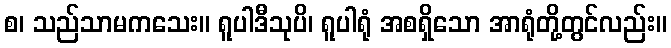
စ၊ သည်သာမကသေး။ ရူပါဒီသုပိ၊ ရူပါရုံ အစရှိသော အာရုံတို့တွင်လည်း။